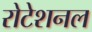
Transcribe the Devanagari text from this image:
रोटेशनल